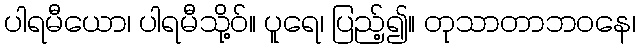
ပါရမီယော၊ ပါရမီသို့ဝ်။ ပူရေ၊ ပြည့်၍။ တုသာတာဘဝနေ၊